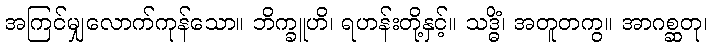
အကြင်မျှလောက်ကုန်သော။ ဘိက္ခူဟိ၊ ရဟန်းတို့နှင့်။ သဒ္ဓိံ၊ အတူတကွ။ အာဂစ္ဆတု၊